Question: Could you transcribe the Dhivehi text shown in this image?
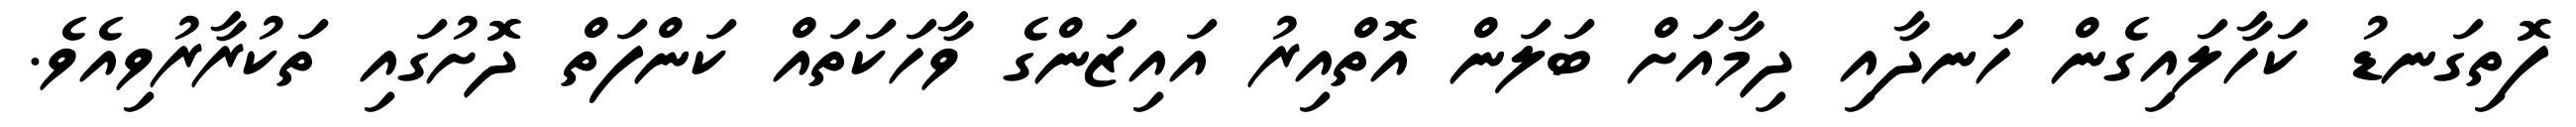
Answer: ފޮތިގަނޑު ކަހާލައިގެން ހަނދާއި ދިމާއަށް ބަލަން އޮތްއިރު އައިޒަންގެ ވާހަކަތައް ކަންފަތް ދޮށުގައި ތަކުރާރުވިއެވެ.